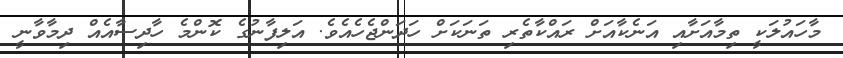
މާހައުލަކީ ތިމާއަށާއި އަނެކާއަށް ރައްކާތެރި ތަނަކަށް ހަދަންޖެހެއެވެ. އަލިފާނުގެ ކޮންމެ ހާދިސާއެއް ދިމާވާނީ